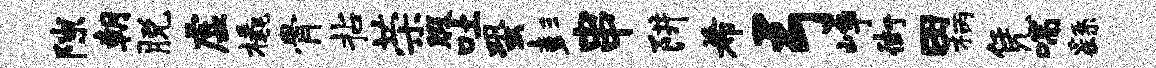
隙朝脱虚橇骨拈荣暇吐蛩彭串阱希弓峥街田柄凭喘繇